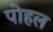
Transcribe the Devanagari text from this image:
पोहल